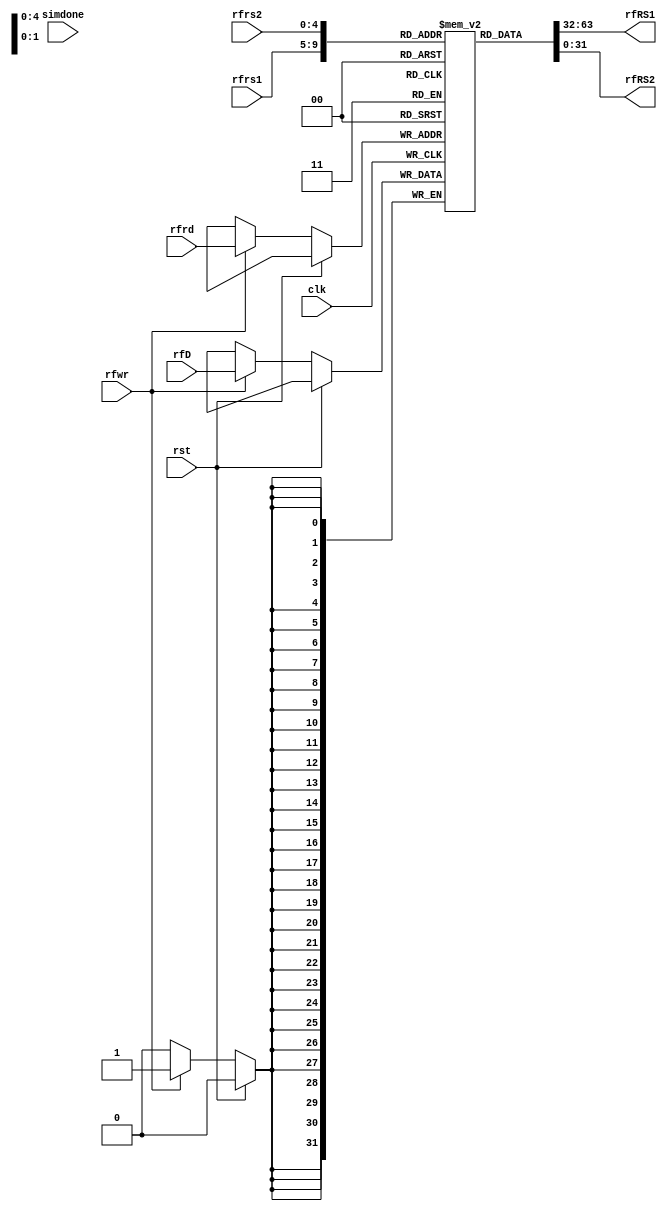

module regFile( //parameterize
    input clk, rst,
    input rfwr,	
    input [4:0] rfrd, rfrs1, rfrs2,
    input [31:0] rfD,
    output [31:0] rfRS1, rfRS2

	,input simdone
);
    reg[31:0] RF[31:0];

    assign rfRS1 = RF[rfrs1];
	assign rfRS2 = RF[rfrs2];


	integer i;
    initial begin //rst later
        for(i=0; i<32; i=i+1)
            RF[i] = 0;
    end
    
    always @(posedge clk)
        if(!rst) begin
            if(rfwr) begin
                RF[rfrd] <= rfD;
`ifdef _DBUG_
				$display("x%0d = \t0x%h -> %h",rfrd,RF[rfrd], rfD);
`endif	
            end
        end

`ifdef _RDUMP_
		always @ (posedge simdone)
			//$display ("DONE!!!!");
			for(i=0; i<32; i=i+1)
				$display("x%0d: \t0x%h\t%0d",i,RF[i], $signed(RF[i]));
`endif
    
endmodule